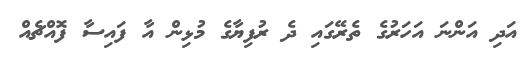
އަދި އަންނަ އަހަރުގެ ތެރޭގައި ދެ ރުފިޔާގެ މުޅިން އާ ފައިސާ ފޮއްޗެއް